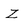
Character: Z